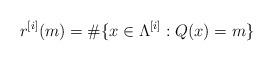
LaTeX: \begin{align*}r^{[i]}(m) = \# \{ x\in \Lambda^{[i]} : Q(x)=m \}\end{align*}